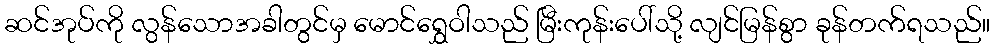
ဆင်အုပ်ကို လွန်သောအခါတွင်မှ မောင်ရွှေဝါသည် မြီးကုန်းပေါ်သို့ လျင်မြန်စွာ ခုန်တက်ရသည်။